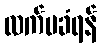
လက်မခံရန်